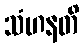
သံဟနတိ